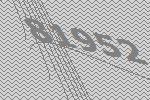
81952